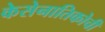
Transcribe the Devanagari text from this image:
केसेनातिकोची